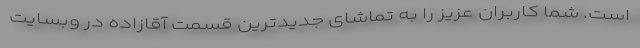
است. شما کاربران عزیز را به تماشای جدیدترین قسمت آقازاده در وبسایت